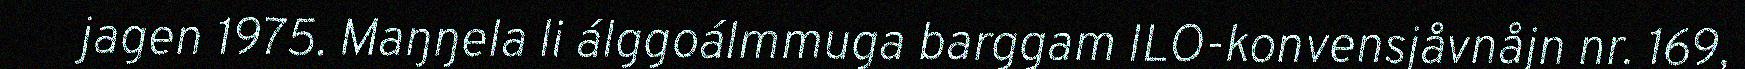
jagen 1975. Maŋŋela li álggoálmmuga barggam ILO-konvensjåvnåjn nr. 169,